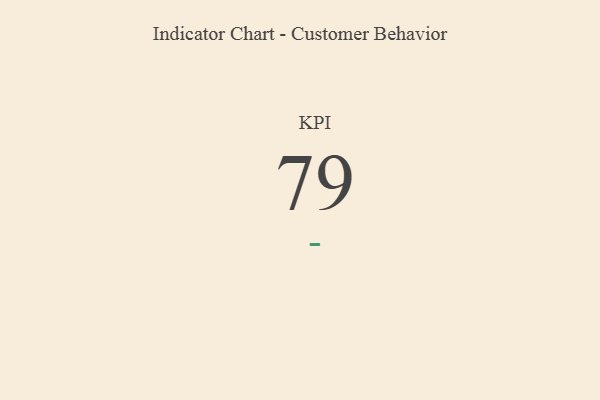
{"axis": {"x": "KPI", "y": "Value"}, "legend": [""], "data": [{"x": "KPI", "y": 79, "type": ""}]}